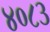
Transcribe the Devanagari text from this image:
४०८३